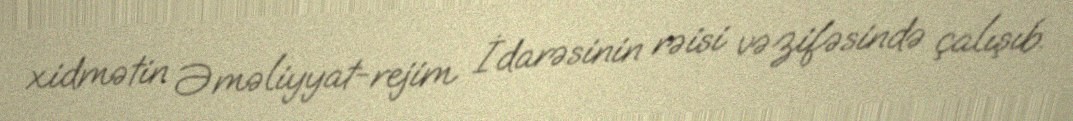
xidmətin Əməliyyat-rejim İdarəsinin rəisi vəzifəsində çalışıb.